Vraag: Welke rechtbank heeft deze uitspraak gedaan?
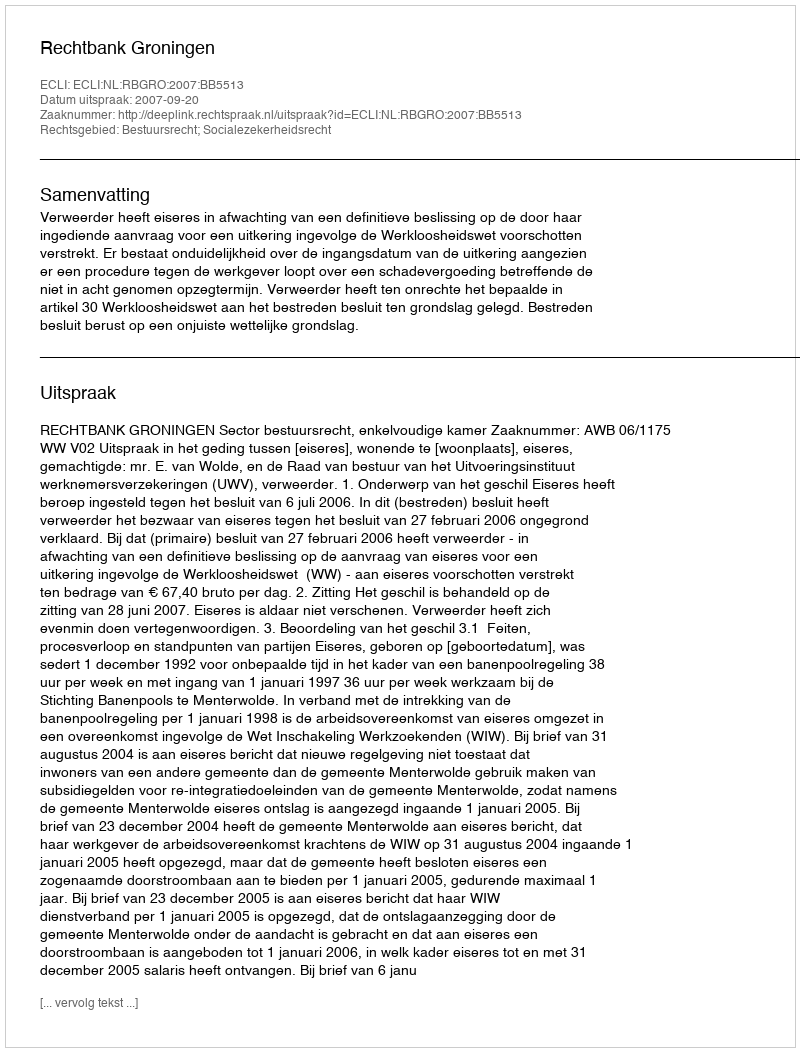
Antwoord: Rechtbank Groningen